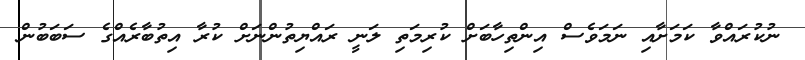
ނުކުރައްވާ ކަމަށާއި ނަމަވެސް އިންތިހާބަށް ކުރިމަތި ލަނީ ރައްޔިތުންނަށް ކުރާ އިތުބާރެއްގެ ސަބަބުން